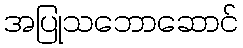
အပြုသဘောဆောင်